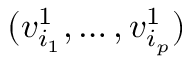
( v _ { i _ { 1 } } ^ { 1 } , \ldots , v _ { i _ { p } } ^ { 1 } )